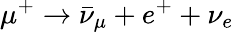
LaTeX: \mu^{+}\to\bar{\nu}_{\mu}+e^{+}+\nu_{e}